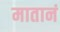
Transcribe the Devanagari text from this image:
मातानं